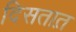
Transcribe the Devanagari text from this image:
दिसतात़